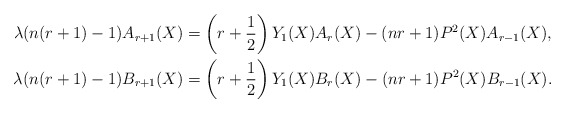
\begin{align*}\lambda (n(r+1)-1) A_{r+1}(X) &= \left( r + \frac{1}{2} \right) Y_{1}(X) A_{r}(X) - (nr+1) P^{2}(X) A_{r-1}(X), \\\lambda(n(r+1)-1)B_{r+1}(X) &= \left( r + \frac{1}{2} \right) Y_{1}(X) B_{r}(X) - (nr+1)P^{2}(X)B_{r-1}(X). \end{align*}